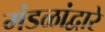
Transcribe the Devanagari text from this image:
मंडळांद्वारे